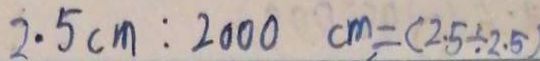
2 . 5 c m : 2 0 0 0 c m = ( 2 . 5 \div 2 . 5 )